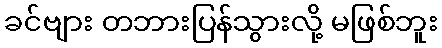
ခင်ဗျား တဘားပြန်သွားလို့ မဖြစ်ဘူး